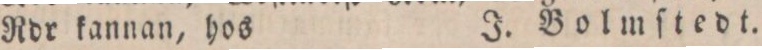
Rdr kannan, hos    J. Bolmſtedt.